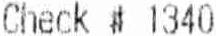
CHECK # 1340